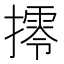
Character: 㩕